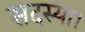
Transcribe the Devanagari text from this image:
सदस्या।